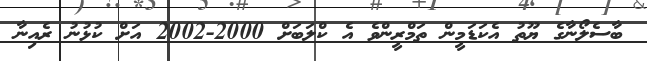
ބާސެލޯނާގެ ޔޫތު އެކަޑަމީން ތަމްރީންވެ އެ ކްލަބަށް 2000-2002 އަށް ކުޅުނު ރެއިނާ